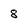
Character: 8